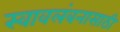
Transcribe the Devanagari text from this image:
स्वावलंबनासाठी